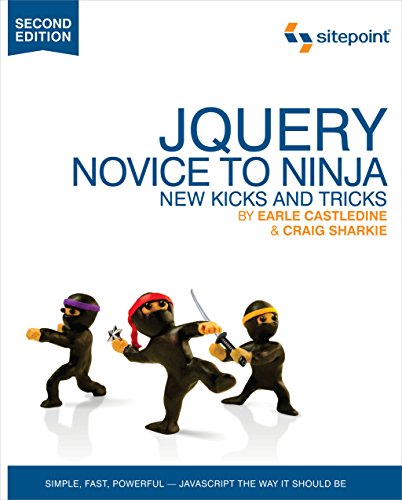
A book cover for jQuery: Novice to Ninja; Earle Castledine; Computers & Technology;